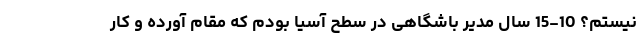
نیستم؟ 10-15 سال مدیر باشگاهی در سطح آسیا بودم که مقام آورده و کار